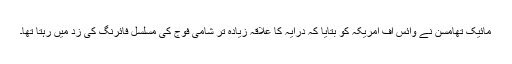
مائیک تھامسن نے وائس آف امریکہ کو بتایا کہ درایہ کا علاقہ زیادہ تر شامی فوج کی مسلسل فائرنگ کی زد میں رہتا تھا۔